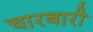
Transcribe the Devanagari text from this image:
चारबारी